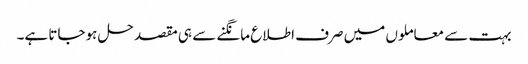
بہت سے معاملوں میں صرف اطلاع مانگنے سے ہی مقصد حل ہوجاتا ہے۔